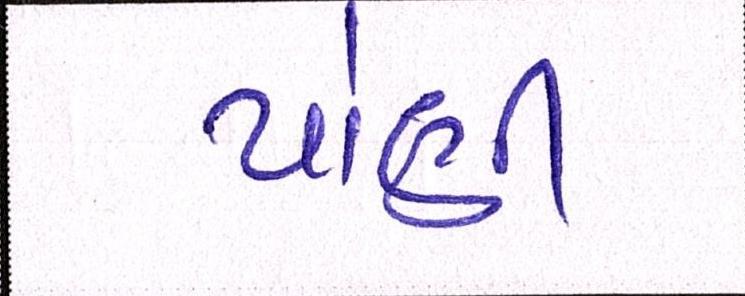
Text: પોંણી